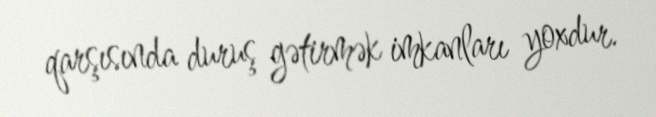
qarşısında duruş gətirmək imkanları yoxdur.